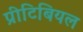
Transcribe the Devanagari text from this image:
प्रीटिबियल